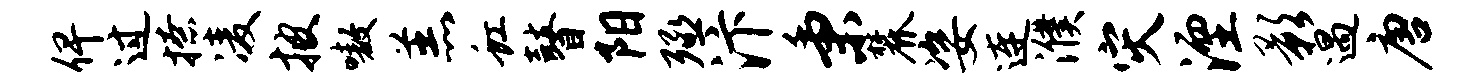
俾过撩凌披嗷羔虹瞽阳殛汴秉麓姿连濮灾湮影遇唐